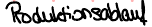
Produktionsablauf